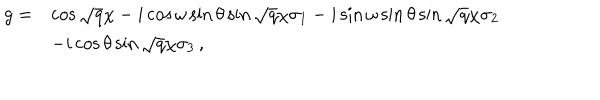
\begin{array} { l l } { { g = } } & { { \cos \sqrt { q } \chi - i \cos \omega \sin \theta \sin \sqrt { q } \chi \sigma _ { 1 } - i \sin \omega \sin \theta \sin \sqrt { q } \chi \sigma _ { 2 } } } \\ { { } } & { { - i \cos \theta \sin \sqrt { q } \chi \sigma _ { 3 } \, , } } \\ \end{array}